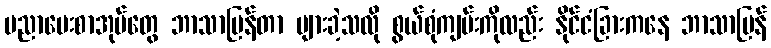
ပညာပေးစာအုပ်တွေ ဘာသာပြန်တာ များခဲ့သလို စွယ်စုံကျမ်းကိုလည်း နိုင်ငံခြားကနေ ဘာသာပြန်